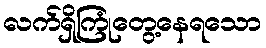
လက်ရှိကြုံတွေ့နေရသော